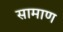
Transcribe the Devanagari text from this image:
सामाण